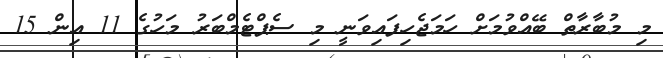
މި މުބާރާތް ބޭއްވުމަށް ހަމަޖެހިފައިވަނީ މި ސެޕްޓެމްބަރު މަހުގެ 11 އިން 15